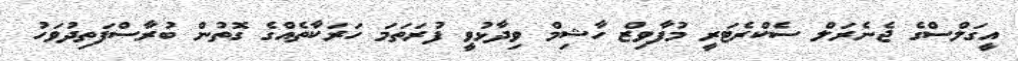
އީގަލްސްގެ ޖެނެރަލް ސެކްރެޓަރީ މުފާވިޒް ހާޝިމް ވިދާޅުވީ ފުރަތަމަ ހަރަކާތެއްގެ ގޮތުން ބުރާސްފަތިދުވަހު